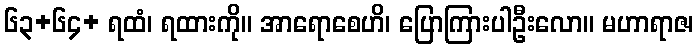
၆၃+၆၄+ ရထံ၊ ရထားကို။ အာရောစေဟိ၊ ပြောကြားပါဦးလော။ မဟာရာဇ၊